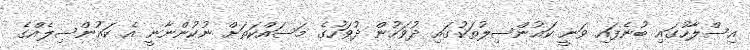
އިސްލާހުގައި ބުނެފައި ވަނީ ކައުންސިލުތަކުގައި ދުވަހުން ދުވަހުގެ މަސައްކަތަށް ނުކުންނާނީ އެ ކައުންސިލެއްގެ